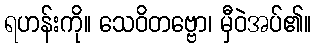
ရဟန်းကို။ သေဝိတဗ္ဗော၊ မှီဝဲအပ်၏။